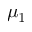
\mu _ { 1 }